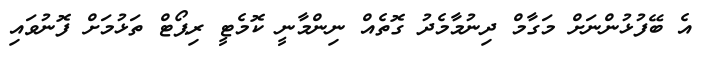
އެ ބޭފުޅުންނަށް މަގާމް ދިނުމާމެދު ގޮތެއް ނިންމާނީ ކޮމެޓީ ރިޕޯޓް ތަޅުމަށް ފޮނުވައި